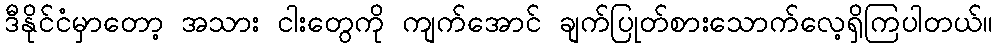
ဒီနိုင်ငံမှာတော့ အသား ငါးတွေကို ကျက်အောင် ချက်ပြုတ်စားသောက်လေ့ရှိကြပါတယ်။